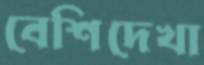
বেশিদেখা